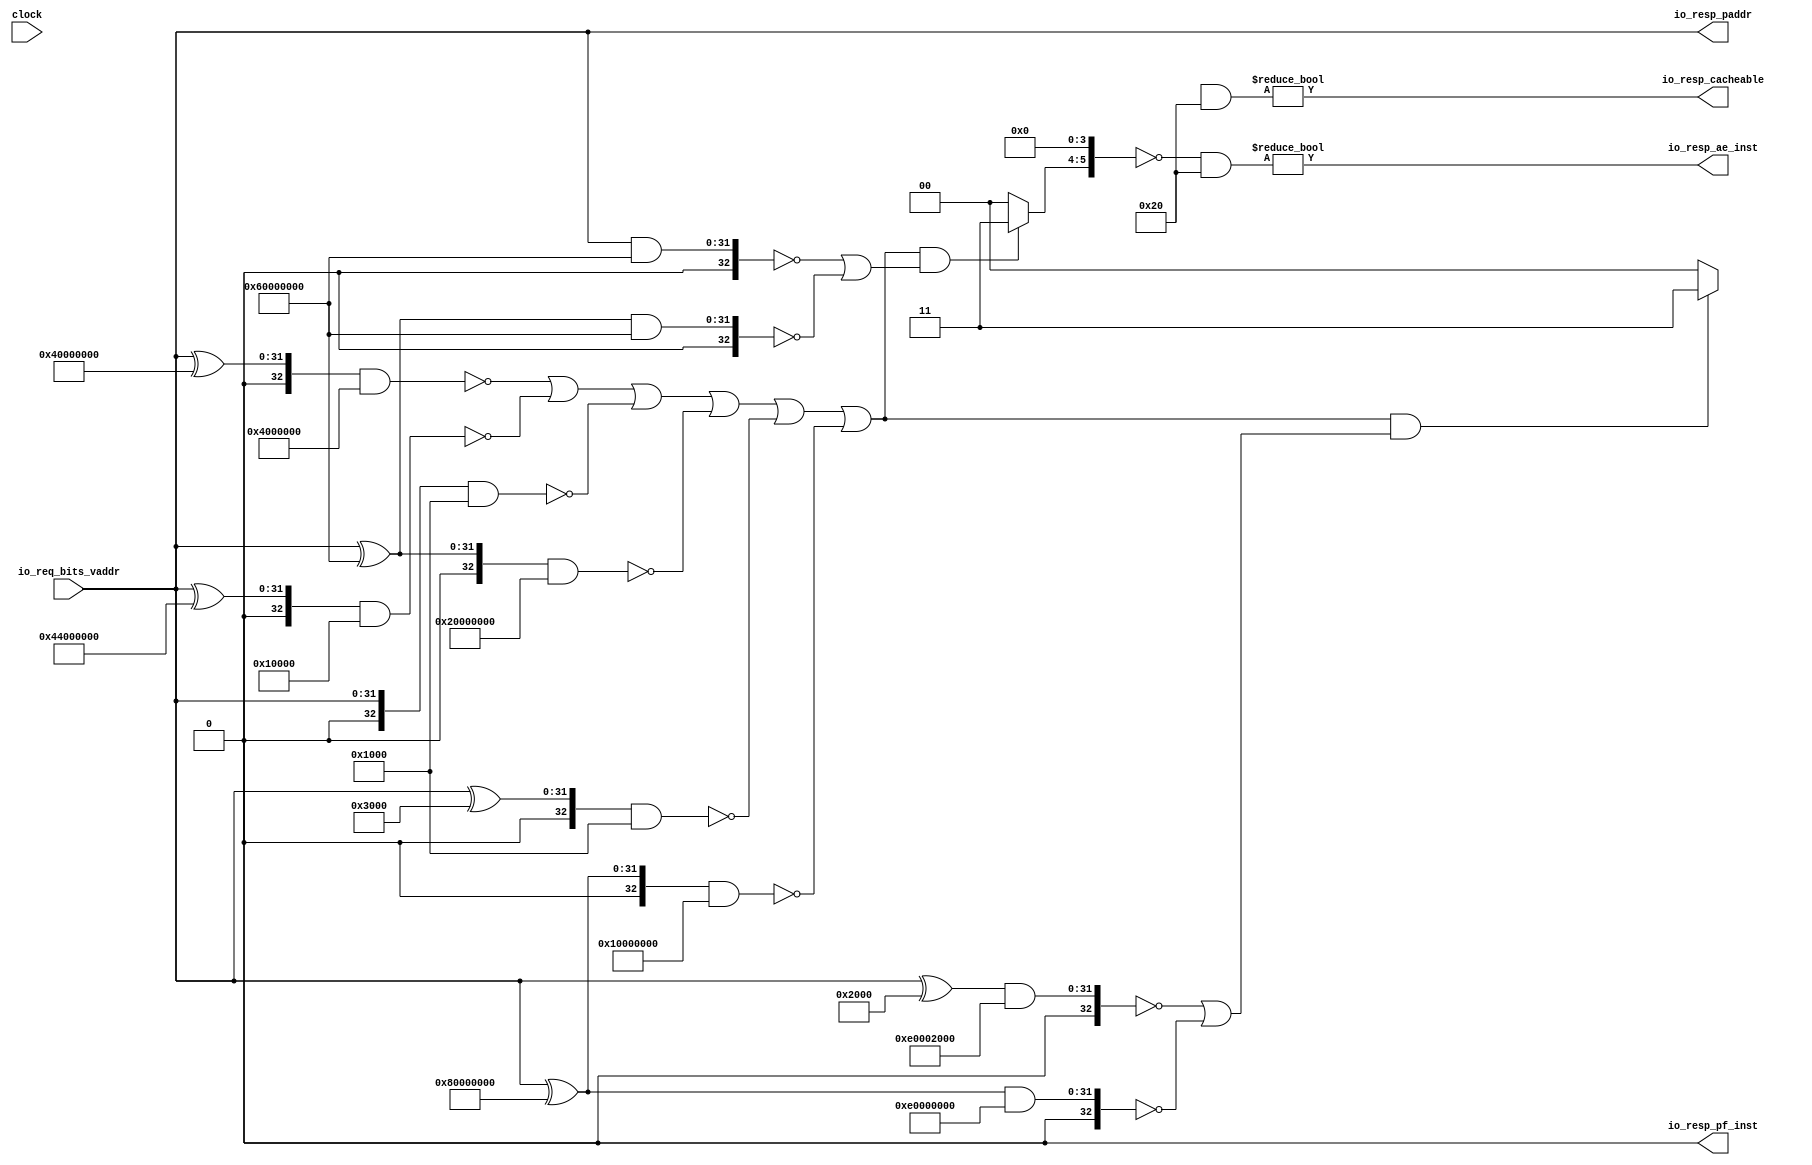
// Copyright (c) 2017, Microsemi Corporation
// All rights reserved.
//
// Redistribution and use in source and binary forms, with or without
// modification, are permitted provided that the following conditions are met:
//     * Redistributions of source code must retain the above copyright
//       notice, this list of conditions and the following disclaimer.
//     * Redistributions in binary form must reproduce the above copyright
//       notice, this list of conditions and the following disclaimer in the
//       documentation and/or other materials provided with the distribution.
//     * Neither the name of the <organization> nor the
//       names of its contributors may be used to endorse or promote products
//       derived from this software without specific prior written permission.
//
// THIS SOFTWARE IS PROVIDED BY THE COPYRIGHT HOLDERS AND CONTRIBUTORS "AS IS" AND
// ANY EXPRESS OR IMPLIED WARRANTIES, INCLUDING, BUT NOT LIMITED TO, THE IMPLIED
// WARRANTIES OF MERCHANTABILITY AND FITNESS FOR A PARTICULAR PURPOSE ARE
// DISCLAIMED. IN NO EVENT SHALL MICROSEMI CORPORATIONM BE LIABLE FOR ANY
// DIRECT, INDIRECT, INCIDENTAL, SPECIAL, EXEMPLARY, OR CONSEQUENTIAL DAMAGES
// (INCLUDING, BUT NOT LIMITED TO, PROCUREMENT OF SUBSTITUTE GOODS OR SERVICES;
// LOSS OF USE, DATA, OR PROFITS; OR BUSINESS INTERRUPTION) HOWEVER CAUSED AND
// ON ANY THEORY OF LIABILITY, WHETHER IN CONTRACT, STRICT LIABILITY, OR TORT
// (INCLUDING NEGLIGENCE OR OTHERWISE) ARISING IN ANY WAY OUT OF THE USE OF THIS
// SOFTWARE, EVEN IF ADVISED OF THE POSSIBILITY OF SUCH DAMAGE.
//
// APACHE LICENSE
// Copyright (c) 2017, Microsemi Corporation 
//
// Licensed under the Apache License, Version 2.0 (the "License");
// you may not use this file except in compliance with the License.
// You may obtain a copy of the License at
//
//    http://www.apache.org/licenses/LICENSE-2.0
//
// Unless required by applicable law or agreed to in writing, software
// distributed under the License is distributed on an "AS IS" BASIS,
// WITHOUT WARRANTIES OR CONDITIONS OF ANY KIND, either express or implied.
// See the License for the specific language governing permissions and
// limitations under the License.
//
// Description:
//
// SVN Revision Information:
// SVN $Revision: $
// SVN $Date: $
//
// Resolved SARs
// SAR      Date     Who   Description
//
// Notes:
//
// ****************************************************************************/
`ifndef RANDOMIZE_REG_INIT 
	 `define RANDOMIZE_REG_INIT 
 `endif
`ifndef RANDOMIZE_MEM_INIT 
	 `define RANDOMIZE_MEM_INIT 
 `endif
`ifndef RANDOMIZE 
	 `define RANDOMIZE 
`endif

`timescale 1ns/10ps
module MIV_RV32IMA_L1_AHB_C1_MIV_RV32IMA_L1_AHB_C1_0_MIV_RV32IMA_L1_AHB_TLB_1( // @[:freechips.rocketchip.system.MivRV32ImaL1AhbConfig.fir@104827.2]
  input         clock, // @[:freechips.rocketchip.system.MivRV32ImaL1AhbConfig.fir@104828.4]
  input  [31:0] io_req_bits_vaddr, // @[:freechips.rocketchip.system.MivRV32ImaL1AhbConfig.fir@104830.4]
  output [31:0] io_resp_paddr, // @[:freechips.rocketchip.system.MivRV32ImaL1AhbConfig.fir@104830.4]
  output        io_resp_pf_inst, // @[:freechips.rocketchip.system.MivRV32ImaL1AhbConfig.fir@104830.4]
  output        io_resp_ae_inst, // @[:freechips.rocketchip.system.MivRV32ImaL1AhbConfig.fir@104830.4]
  output        io_resp_cacheable // @[:freechips.rocketchip.system.MivRV32ImaL1AhbConfig.fir@104830.4]
);
  reg [53:0] reg_entries_0; // @[TLB.scala 86:24:freechips.rocketchip.system.MivRV32ImaL1AhbConfig.fir@104836.4]
  reg [63:0] _RAND_0;
  reg [53:0] reg_entries_1; // @[TLB.scala 86:24:freechips.rocketchip.system.MivRV32ImaL1AhbConfig.fir@104836.4]
  reg [63:0] _RAND_1;
  reg [53:0] reg_entries_2; // @[TLB.scala 86:24:freechips.rocketchip.system.MivRV32ImaL1AhbConfig.fir@104836.4]
  reg [63:0] _RAND_2;
  reg [53:0] reg_entries_3; // @[TLB.scala 86:24:freechips.rocketchip.system.MivRV32ImaL1AhbConfig.fir@104836.4]
  reg [63:0] _RAND_3;
  reg [53:0] reg_entries_4; // @[TLB.scala 86:24:freechips.rocketchip.system.MivRV32ImaL1AhbConfig.fir@104836.4]
  reg [63:0] _RAND_4;
  wire  entries_0_c; // @[TLB.scala 87:43:freechips.rocketchip.system.MivRV32ImaL1AhbConfig.fir@104842.4]
  wire  entries_0_px; // @[TLB.scala 87:43:freechips.rocketchip.system.MivRV32ImaL1AhbConfig.fir@104852.4]
  wire  entries_0_sx; // @[TLB.scala 87:43:freechips.rocketchip.system.MivRV32ImaL1AhbConfig.fir@104858.4]
  wire  entries_0_ae; // @[TLB.scala 87:43:freechips.rocketchip.system.MivRV32ImaL1AhbConfig.fir@104862.4]
  wire  entries_0_u; // @[TLB.scala 87:43:freechips.rocketchip.system.MivRV32ImaL1AhbConfig.fir@104866.4]
  wire  entries_1_c; // @[TLB.scala 87:43:freechips.rocketchip.system.MivRV32ImaL1AhbConfig.fir@104879.4]
  wire  entries_1_px; // @[TLB.scala 87:43:freechips.rocketchip.system.MivRV32ImaL1AhbConfig.fir@104889.4]
  wire  entries_1_sx; // @[TLB.scala 87:43:freechips.rocketchip.system.MivRV32ImaL1AhbConfig.fir@104895.4]
  wire  entries_1_u; // @[TLB.scala 87:43:freechips.rocketchip.system.MivRV32ImaL1AhbConfig.fir@104903.4]
  wire  entries_2_c; // @[TLB.scala 87:43:freechips.rocketchip.system.MivRV32ImaL1AhbConfig.fir@104916.4]
  wire  entries_2_px; // @[TLB.scala 87:43:freechips.rocketchip.system.MivRV32ImaL1AhbConfig.fir@104926.4]
  wire  entries_2_sx; // @[TLB.scala 87:43:freechips.rocketchip.system.MivRV32ImaL1AhbConfig.fir@104932.4]
  wire  entries_2_u; // @[TLB.scala 87:43:freechips.rocketchip.system.MivRV32ImaL1AhbConfig.fir@104940.4]
  wire  entries_3_c; // @[TLB.scala 87:43:freechips.rocketchip.system.MivRV32ImaL1AhbConfig.fir@104953.4]
  wire  entries_3_px; // @[TLB.scala 87:43:freechips.rocketchip.system.MivRV32ImaL1AhbConfig.fir@104963.4]
  wire  entries_3_sx; // @[TLB.scala 87:43:freechips.rocketchip.system.MivRV32ImaL1AhbConfig.fir@104969.4]
  wire  entries_3_u; // @[TLB.scala 87:43:freechips.rocketchip.system.MivRV32ImaL1AhbConfig.fir@104977.4]
  wire  entries_4_sx; // @[TLB.scala 87:43:freechips.rocketchip.system.MivRV32ImaL1AhbConfig.fir@105006.4]
  wire  entries_4_u; // @[TLB.scala 87:43:freechips.rocketchip.system.MivRV32ImaL1AhbConfig.fir@105014.4]
  wire [19:0] mpu_ppn; // @[TLB.scala 105:69:freechips.rocketchip.system.MivRV32ImaL1AhbConfig.fir@105038.4]
  wire [11:0] _T_179; // @[TLB.scala 106:52:freechips.rocketchip.system.MivRV32ImaL1AhbConfig.fir@105041.4]
  wire [31:0] mpu_physaddr; // @[Cat.scala 30:58:freechips.rocketchip.system.MivRV32ImaL1AhbConfig.fir@105042.4]
  wire [31:0] _T_186; // @[Parameters.scala 153:31:freechips.rocketchip.system.MivRV32ImaL1AhbConfig.fir@105053.4]
  wire [32:0] _T_187; // @[Parameters.scala 153:49:freechips.rocketchip.system.MivRV32ImaL1AhbConfig.fir@105054.4]
  wire [32:0] _T_189; // @[Parameters.scala 153:52:freechips.rocketchip.system.MivRV32ImaL1AhbConfig.fir@105055.4]
  wire [32:0] _T_190; // @[Parameters.scala 153:52:freechips.rocketchip.system.MivRV32ImaL1AhbConfig.fir@105056.4]
  wire  _T_192; // @[Parameters.scala 153:67:freechips.rocketchip.system.MivRV32ImaL1AhbConfig.fir@105057.4]
  wire [31:0] _T_194; // @[Parameters.scala 153:31:freechips.rocketchip.system.MivRV32ImaL1AhbConfig.fir@105058.4]
  wire [32:0] _T_195; // @[Parameters.scala 153:49:freechips.rocketchip.system.MivRV32ImaL1AhbConfig.fir@105059.4]
  wire [32:0] _T_197; // @[Parameters.scala 153:52:freechips.rocketchip.system.MivRV32ImaL1AhbConfig.fir@105060.4]
  wire [32:0] _T_198; // @[Parameters.scala 153:52:freechips.rocketchip.system.MivRV32ImaL1AhbConfig.fir@105061.4]
  wire  _T_200; // @[Parameters.scala 153:67:freechips.rocketchip.system.MivRV32ImaL1AhbConfig.fir@105062.4]
  wire [32:0] _T_203; // @[Parameters.scala 153:49:freechips.rocketchip.system.MivRV32ImaL1AhbConfig.fir@105064.4]
  wire [32:0] _T_205; // @[Parameters.scala 153:52:freechips.rocketchip.system.MivRV32ImaL1AhbConfig.fir@105065.4]
  wire [32:0] _T_206; // @[Parameters.scala 153:52:freechips.rocketchip.system.MivRV32ImaL1AhbConfig.fir@105066.4]
  wire  _T_208; // @[Parameters.scala 153:67:freechips.rocketchip.system.MivRV32ImaL1AhbConfig.fir@105067.4]
  wire [31:0] _T_210; // @[Parameters.scala 153:31:freechips.rocketchip.system.MivRV32ImaL1AhbConfig.fir@105068.4]
  wire [32:0] _T_211; // @[Parameters.scala 153:49:freechips.rocketchip.system.MivRV32ImaL1AhbConfig.fir@105069.4]
  wire [32:0] _T_213; // @[Parameters.scala 153:52:freechips.rocketchip.system.MivRV32ImaL1AhbConfig.fir@105070.4]
  wire [32:0] _T_214; // @[Parameters.scala 153:52:freechips.rocketchip.system.MivRV32ImaL1AhbConfig.fir@105071.4]
  wire  _T_216; // @[Parameters.scala 153:67:freechips.rocketchip.system.MivRV32ImaL1AhbConfig.fir@105072.4]
  wire [31:0] _T_218; // @[Parameters.scala 153:31:freechips.rocketchip.system.MivRV32ImaL1AhbConfig.fir@105073.4]
  wire [32:0] _T_219; // @[Parameters.scala 153:49:freechips.rocketchip.system.MivRV32ImaL1AhbConfig.fir@105074.4]
  wire [32:0] _T_221; // @[Parameters.scala 153:52:freechips.rocketchip.system.MivRV32ImaL1AhbConfig.fir@105075.4]
  wire [32:0] _T_222; // @[Parameters.scala 153:52:freechips.rocketchip.system.MivRV32ImaL1AhbConfig.fir@105076.4]
  wire  _T_224; // @[Parameters.scala 153:67:freechips.rocketchip.system.MivRV32ImaL1AhbConfig.fir@105077.4]
  wire [31:0] _T_226; // @[Parameters.scala 153:31:freechips.rocketchip.system.MivRV32ImaL1AhbConfig.fir@105078.4]
  wire [32:0] _T_227; // @[Parameters.scala 153:49:freechips.rocketchip.system.MivRV32ImaL1AhbConfig.fir@105079.4]
  wire [32:0] _T_229; // @[Parameters.scala 153:52:freechips.rocketchip.system.MivRV32ImaL1AhbConfig.fir@105080.4]
  wire [32:0] _T_230; // @[Parameters.scala 153:52:freechips.rocketchip.system.MivRV32ImaL1AhbConfig.fir@105081.4]
  wire  _T_232; // @[Parameters.scala 153:67:freechips.rocketchip.system.MivRV32ImaL1AhbConfig.fir@105082.4]
  wire  _T_244; // @[TLB.scala 112:67:freechips.rocketchip.system.MivRV32ImaL1AhbConfig.fir@105091.4]
  wire  _T_245; // @[TLB.scala 112:67:freechips.rocketchip.system.MivRV32ImaL1AhbConfig.fir@105092.4]
  wire  _T_246; // @[TLB.scala 112:67:freechips.rocketchip.system.MivRV32ImaL1AhbConfig.fir@105093.4]
  wire  _T_247; // @[TLB.scala 112:67:freechips.rocketchip.system.MivRV32ImaL1AhbConfig.fir@105094.4]
  wire  legal_address; // @[TLB.scala 112:67:freechips.rocketchip.system.MivRV32ImaL1AhbConfig.fir@105095.4]
  wire [31:0] _T_267; // @[Parameters.scala 153:31:freechips.rocketchip.system.MivRV32ImaL1AhbConfig.fir@105107.4]
  wire [32:0] _T_268; // @[Parameters.scala 153:49:freechips.rocketchip.system.MivRV32ImaL1AhbConfig.fir@105108.4]
  wire [32:0] _T_270; // @[Parameters.scala 153:52:freechips.rocketchip.system.MivRV32ImaL1AhbConfig.fir@105109.4]
  wire [32:0] _T_271; // @[Parameters.scala 153:52:freechips.rocketchip.system.MivRV32ImaL1AhbConfig.fir@105110.4]
  wire  _T_273; // @[Parameters.scala 153:67:freechips.rocketchip.system.MivRV32ImaL1AhbConfig.fir@105111.4]
  wire [32:0] _T_278; // @[Parameters.scala 153:52:freechips.rocketchip.system.MivRV32ImaL1AhbConfig.fir@105114.4]
  wire [32:0] _T_279; // @[Parameters.scala 153:52:freechips.rocketchip.system.MivRV32ImaL1AhbConfig.fir@105115.4]
  wire  _T_281; // @[Parameters.scala 153:67:freechips.rocketchip.system.MivRV32ImaL1AhbConfig.fir@105116.4]
  wire  _T_282; // @[Parameters.scala 137:89:freechips.rocketchip.system.MivRV32ImaL1AhbConfig.fir@105117.4]
  wire  cacheable; // @[TLB.scala 114:19:freechips.rocketchip.system.MivRV32ImaL1AhbConfig.fir@105123.4]
  wire [32:0] _T_514; // @[Parameters.scala 153:52:freechips.rocketchip.system.MivRV32ImaL1AhbConfig.fir@105263.4]
  wire [32:0] _T_515; // @[Parameters.scala 153:52:freechips.rocketchip.system.MivRV32ImaL1AhbConfig.fir@105264.4]
  wire  _T_517; // @[Parameters.scala 153:67:freechips.rocketchip.system.MivRV32ImaL1AhbConfig.fir@105265.4]
  wire [32:0] _T_522; // @[Parameters.scala 153:52:freechips.rocketchip.system.MivRV32ImaL1AhbConfig.fir@105268.4]
  wire [32:0] _T_523; // @[Parameters.scala 153:52:freechips.rocketchip.system.MivRV32ImaL1AhbConfig.fir@105269.4]
  wire  _T_525; // @[Parameters.scala 153:67:freechips.rocketchip.system.MivRV32ImaL1AhbConfig.fir@105270.4]
  wire  _T_526; // @[Parameters.scala 137:89:freechips.rocketchip.system.MivRV32ImaL1AhbConfig.fir@105271.4]
  wire  prot_x; // @[TLB.scala 114:19:freechips.rocketchip.system.MivRV32ImaL1AhbConfig.fir@105277.4]
  wire [19:0] ppn; // @[TLB.scala 124:30:freechips.rocketchip.system.MivRV32ImaL1AhbConfig.fir@105307.4]
  wire [1:0] _T_724; // @[Cat.scala 30:58:freechips.rocketchip.system.MivRV32ImaL1AhbConfig.fir@105440.4]
  wire [1:0] _T_725; // @[Cat.scala 30:58:freechips.rocketchip.system.MivRV32ImaL1AhbConfig.fir@105441.4]
  wire [2:0] _T_726; // @[Cat.scala 30:58:freechips.rocketchip.system.MivRV32ImaL1AhbConfig.fir@105442.4]
  wire [4:0] _T_727; // @[Cat.scala 30:58:freechips.rocketchip.system.MivRV32ImaL1AhbConfig.fir@105443.4]
  wire [4:0] priv_rw_ok; // @[TLB.scala 174:98:freechips.rocketchip.system.MivRV32ImaL1AhbConfig.fir@105449.4]
  wire [1:0] _T_751; // @[Cat.scala 30:58:freechips.rocketchip.system.MivRV32ImaL1AhbConfig.fir@105466.4]
  wire [1:0] _T_752; // @[Cat.scala 30:58:freechips.rocketchip.system.MivRV32ImaL1AhbConfig.fir@105467.4]
  wire [2:0] _T_753; // @[Cat.scala 30:58:freechips.rocketchip.system.MivRV32ImaL1AhbConfig.fir@105468.4]
  wire [4:0] _T_754; // @[Cat.scala 30:58:freechips.rocketchip.system.MivRV32ImaL1AhbConfig.fir@105469.4]
  wire [4:0] _T_770; // @[TLB.scala 178:39:freechips.rocketchip.system.MivRV32ImaL1AhbConfig.fir@105484.4]
  wire [5:0] x_array; // @[Cat.scala 30:58:freechips.rocketchip.system.MivRV32ImaL1AhbConfig.fir@105485.4]
  wire [1:0] _T_788; // @[Bitwise.scala 72:12:freechips.rocketchip.system.MivRV32ImaL1AhbConfig.fir@105499.4]
  wire [1:0] _T_789; // @[Cat.scala 30:58:freechips.rocketchip.system.MivRV32ImaL1AhbConfig.fir@105500.4]
  wire [1:0] _T_790; // @[Cat.scala 30:58:freechips.rocketchip.system.MivRV32ImaL1AhbConfig.fir@105501.4]
  wire [3:0] _T_791; // @[Cat.scala 30:58:freechips.rocketchip.system.MivRV32ImaL1AhbConfig.fir@105502.4]
  wire [5:0] px_array; // @[Cat.scala 30:58:freechips.rocketchip.system.MivRV32ImaL1AhbConfig.fir@105503.4]
  wire [1:0] _T_816; // @[Bitwise.scala 72:12:freechips.rocketchip.system.MivRV32ImaL1AhbConfig.fir@105523.4]
  wire [1:0] _T_817; // @[Cat.scala 30:58:freechips.rocketchip.system.MivRV32ImaL1AhbConfig.fir@105524.4]
  wire [1:0] _T_818; // @[Cat.scala 30:58:freechips.rocketchip.system.MivRV32ImaL1AhbConfig.fir@105525.4]
  wire [3:0] _T_819; // @[Cat.scala 30:58:freechips.rocketchip.system.MivRV32ImaL1AhbConfig.fir@105526.4]
  wire [5:0] c_array; // @[Cat.scala 30:58:freechips.rocketchip.system.MivRV32ImaL1AhbConfig.fir@105527.4]
  wire [5:0] _GEN_16; // @[TLB.scala 204:60:freechips.rocketchip.system.MivRV32ImaL1AhbConfig.fir@105701.4]
  wire [5:0] _T_1114; // @[TLB.scala 206:33:freechips.rocketchip.system.MivRV32ImaL1AhbConfig.fir@105730.4]
  wire [5:0] pf_inst_array; // @[TLB.scala 206:23:freechips.rocketchip.system.MivRV32ImaL1AhbConfig.fir@105731.4]
  wire [5:0] _T_1280; // @[TLB.scala 224:47:freechips.rocketchip.system.MivRV32ImaL1AhbConfig.fir@105863.4]
  wire  _T_1282; // @[TLB.scala 224:55:freechips.rocketchip.system.MivRV32ImaL1AhbConfig.fir@105864.4]
  wire [5:0] _T_1290; // @[TLB.scala 227:23:freechips.rocketchip.system.MivRV32ImaL1AhbConfig.fir@105873.4]
  wire [5:0] _T_1291; // @[TLB.scala 227:33:freechips.rocketchip.system.MivRV32ImaL1AhbConfig.fir@105874.4]
  wire  _T_1293; // @[TLB.scala 227:41:freechips.rocketchip.system.MivRV32ImaL1AhbConfig.fir@105875.4]
  wire [5:0] _T_1301; // @[TLB.scala 231:33:freechips.rocketchip.system.MivRV32ImaL1AhbConfig.fir@105884.4]
  wire  _T_1303; // @[TLB.scala 231:41:freechips.rocketchip.system.MivRV32ImaL1AhbConfig.fir@105885.4]
  wire [31:0] _T_1312; // @[Cat.scala 30:58:freechips.rocketchip.system.MivRV32ImaL1AhbConfig.fir@105895.4]
  assign entries_0_c = reg_entries_0[0]; // @[TLB.scala 87:43:freechips.rocketchip.system.MivRV32ImaL1AhbConfig.fir@104842.4]
  assign entries_0_px = reg_entries_0[5]; // @[TLB.scala 87:43:freechips.rocketchip.system.MivRV32ImaL1AhbConfig.fir@104852.4]
  assign entries_0_sx = reg_entries_0[8]; // @[TLB.scala 87:43:freechips.rocketchip.system.MivRV32ImaL1AhbConfig.fir@104858.4]
  assign entries_0_ae = reg_entries_0[10]; // @[TLB.scala 87:43:freechips.rocketchip.system.MivRV32ImaL1AhbConfig.fir@104862.4]
  assign entries_0_u = reg_entries_0[12]; // @[TLB.scala 87:43:freechips.rocketchip.system.MivRV32ImaL1AhbConfig.fir@104866.4]
  assign entries_1_c = reg_entries_1[0]; // @[TLB.scala 87:43:freechips.rocketchip.system.MivRV32ImaL1AhbConfig.fir@104879.4]
  assign entries_1_px = reg_entries_1[5]; // @[TLB.scala 87:43:freechips.rocketchip.system.MivRV32ImaL1AhbConfig.fir@104889.4]
  assign entries_1_sx = reg_entries_1[8]; // @[TLB.scala 87:43:freechips.rocketchip.system.MivRV32ImaL1AhbConfig.fir@104895.4]
  assign entries_1_u = reg_entries_1[12]; // @[TLB.scala 87:43:freechips.rocketchip.system.MivRV32ImaL1AhbConfig.fir@104903.4]
  assign entries_2_c = reg_entries_2[0]; // @[TLB.scala 87:43:freechips.rocketchip.system.MivRV32ImaL1AhbConfig.fir@104916.4]
  assign entries_2_px = reg_entries_2[5]; // @[TLB.scala 87:43:freechips.rocketchip.system.MivRV32ImaL1AhbConfig.fir@104926.4]
  assign entries_2_sx = reg_entries_2[8]; // @[TLB.scala 87:43:freechips.rocketchip.system.MivRV32ImaL1AhbConfig.fir@104932.4]
  assign entries_2_u = reg_entries_2[12]; // @[TLB.scala 87:43:freechips.rocketchip.system.MivRV32ImaL1AhbConfig.fir@104940.4]
  assign entries_3_c = reg_entries_3[0]; // @[TLB.scala 87:43:freechips.rocketchip.system.MivRV32ImaL1AhbConfig.fir@104953.4]
  assign entries_3_px = reg_entries_3[5]; // @[TLB.scala 87:43:freechips.rocketchip.system.MivRV32ImaL1AhbConfig.fir@104963.4]
  assign entries_3_sx = reg_entries_3[8]; // @[TLB.scala 87:43:freechips.rocketchip.system.MivRV32ImaL1AhbConfig.fir@104969.4]
  assign entries_3_u = reg_entries_3[12]; // @[TLB.scala 87:43:freechips.rocketchip.system.MivRV32ImaL1AhbConfig.fir@104977.4]
  assign entries_4_sx = reg_entries_4[8]; // @[TLB.scala 87:43:freechips.rocketchip.system.MivRV32ImaL1AhbConfig.fir@105006.4]
  assign entries_4_u = reg_entries_4[12]; // @[TLB.scala 87:43:freechips.rocketchip.system.MivRV32ImaL1AhbConfig.fir@105014.4]
  assign mpu_ppn = io_req_bits_vaddr[31:12]; // @[TLB.scala 105:69:freechips.rocketchip.system.MivRV32ImaL1AhbConfig.fir@105038.4]
  assign _T_179 = io_req_bits_vaddr[11:0]; // @[TLB.scala 106:52:freechips.rocketchip.system.MivRV32ImaL1AhbConfig.fir@105041.4]
  assign mpu_physaddr = {mpu_ppn,_T_179}; // @[Cat.scala 30:58:freechips.rocketchip.system.MivRV32ImaL1AhbConfig.fir@105042.4]
  assign _T_186 = mpu_physaddr ^ 32'h40000000; // @[Parameters.scala 153:31:freechips.rocketchip.system.MivRV32ImaL1AhbConfig.fir@105053.4]
  assign _T_187 = {1'b0,$signed(_T_186)}; // @[Parameters.scala 153:49:freechips.rocketchip.system.MivRV32ImaL1AhbConfig.fir@105054.4]
  assign _T_189 = $signed(_T_187) & $signed(-33'sh4000000); // @[Parameters.scala 153:52:freechips.rocketchip.system.MivRV32ImaL1AhbConfig.fir@105055.4]
  assign _T_190 = $signed(_T_189); // @[Parameters.scala 153:52:freechips.rocketchip.system.MivRV32ImaL1AhbConfig.fir@105056.4]
  assign _T_192 = $signed(_T_190) == $signed(33'sh0); // @[Parameters.scala 153:67:freechips.rocketchip.system.MivRV32ImaL1AhbConfig.fir@105057.4]
  assign _T_194 = mpu_physaddr ^ 32'h44000000; // @[Parameters.scala 153:31:freechips.rocketchip.system.MivRV32ImaL1AhbConfig.fir@105058.4]
  assign _T_195 = {1'b0,$signed(_T_194)}; // @[Parameters.scala 153:49:freechips.rocketchip.system.MivRV32ImaL1AhbConfig.fir@105059.4]
  assign _T_197 = $signed(_T_195) & $signed(-33'sh10000); // @[Parameters.scala 153:52:freechips.rocketchip.system.MivRV32ImaL1AhbConfig.fir@105060.4]
  assign _T_198 = $signed(_T_197); // @[Parameters.scala 153:52:freechips.rocketchip.system.MivRV32ImaL1AhbConfig.fir@105061.4]
  assign _T_200 = $signed(_T_198) == $signed(33'sh0); // @[Parameters.scala 153:67:freechips.rocketchip.system.MivRV32ImaL1AhbConfig.fir@105062.4]
  assign _T_203 = {1'b0,$signed(mpu_physaddr)}; // @[Parameters.scala 153:49:freechips.rocketchip.system.MivRV32ImaL1AhbConfig.fir@105064.4]
  assign _T_205 = $signed(_T_203) & $signed(-33'sh1000); // @[Parameters.scala 153:52:freechips.rocketchip.system.MivRV32ImaL1AhbConfig.fir@105065.4]
  assign _T_206 = $signed(_T_205); // @[Parameters.scala 153:52:freechips.rocketchip.system.MivRV32ImaL1AhbConfig.fir@105066.4]
  assign _T_208 = $signed(_T_206) == $signed(33'sh0); // @[Parameters.scala 153:67:freechips.rocketchip.system.MivRV32ImaL1AhbConfig.fir@105067.4]
  assign _T_210 = mpu_physaddr ^ 32'h60000000; // @[Parameters.scala 153:31:freechips.rocketchip.system.MivRV32ImaL1AhbConfig.fir@105068.4]
  assign _T_211 = {1'b0,$signed(_T_210)}; // @[Parameters.scala 153:49:freechips.rocketchip.system.MivRV32ImaL1AhbConfig.fir@105069.4]
  assign _T_213 = $signed(_T_211) & $signed(-33'sh20000000); // @[Parameters.scala 153:52:freechips.rocketchip.system.MivRV32ImaL1AhbConfig.fir@105070.4]
  assign _T_214 = $signed(_T_213); // @[Parameters.scala 153:52:freechips.rocketchip.system.MivRV32ImaL1AhbConfig.fir@105071.4]
  assign _T_216 = $signed(_T_214) == $signed(33'sh0); // @[Parameters.scala 153:67:freechips.rocketchip.system.MivRV32ImaL1AhbConfig.fir@105072.4]
  assign _T_218 = mpu_physaddr ^ 32'h3000; // @[Parameters.scala 153:31:freechips.rocketchip.system.MivRV32ImaL1AhbConfig.fir@105073.4]
  assign _T_219 = {1'b0,$signed(_T_218)}; // @[Parameters.scala 153:49:freechips.rocketchip.system.MivRV32ImaL1AhbConfig.fir@105074.4]
  assign _T_221 = $signed(_T_219) & $signed(-33'sh1000); // @[Parameters.scala 153:52:freechips.rocketchip.system.MivRV32ImaL1AhbConfig.fir@105075.4]
  assign _T_222 = $signed(_T_221); // @[Parameters.scala 153:52:freechips.rocketchip.system.MivRV32ImaL1AhbConfig.fir@105076.4]
  assign _T_224 = $signed(_T_222) == $signed(33'sh0); // @[Parameters.scala 153:67:freechips.rocketchip.system.MivRV32ImaL1AhbConfig.fir@105077.4]
  assign _T_226 = mpu_physaddr ^ 32'h80000000; // @[Parameters.scala 153:31:freechips.rocketchip.system.MivRV32ImaL1AhbConfig.fir@105078.4]
  assign _T_227 = {1'b0,$signed(_T_226)}; // @[Parameters.scala 153:49:freechips.rocketchip.system.MivRV32ImaL1AhbConfig.fir@105079.4]
  assign _T_229 = $signed(_T_227) & $signed(-33'sh10000000); // @[Parameters.scala 153:52:freechips.rocketchip.system.MivRV32ImaL1AhbConfig.fir@105080.4]
  assign _T_230 = $signed(_T_229); // @[Parameters.scala 153:52:freechips.rocketchip.system.MivRV32ImaL1AhbConfig.fir@105081.4]
  assign _T_232 = $signed(_T_230) == $signed(33'sh0); // @[Parameters.scala 153:67:freechips.rocketchip.system.MivRV32ImaL1AhbConfig.fir@105082.4]
  assign _T_244 = _T_192 | _T_200; // @[TLB.scala 112:67:freechips.rocketchip.system.MivRV32ImaL1AhbConfig.fir@105091.4]
  assign _T_245 = _T_244 | _T_208; // @[TLB.scala 112:67:freechips.rocketchip.system.MivRV32ImaL1AhbConfig.fir@105092.4]
  assign _T_246 = _T_245 | _T_216; // @[TLB.scala 112:67:freechips.rocketchip.system.MivRV32ImaL1AhbConfig.fir@105093.4]
  assign _T_247 = _T_246 | _T_224; // @[TLB.scala 112:67:freechips.rocketchip.system.MivRV32ImaL1AhbConfig.fir@105094.4]
  assign legal_address = _T_247 | _T_232; // @[TLB.scala 112:67:freechips.rocketchip.system.MivRV32ImaL1AhbConfig.fir@105095.4]
  assign _T_267 = mpu_physaddr ^ 32'h2000; // @[Parameters.scala 153:31:freechips.rocketchip.system.MivRV32ImaL1AhbConfig.fir@105107.4]
  assign _T_268 = {1'b0,$signed(_T_267)}; // @[Parameters.scala 153:49:freechips.rocketchip.system.MivRV32ImaL1AhbConfig.fir@105108.4]
  assign _T_270 = $signed(_T_268) & $signed(33'she0002000); // @[Parameters.scala 153:52:freechips.rocketchip.system.MivRV32ImaL1AhbConfig.fir@105109.4]
  assign _T_271 = $signed(_T_270); // @[Parameters.scala 153:52:freechips.rocketchip.system.MivRV32ImaL1AhbConfig.fir@105110.4]
  assign _T_273 = $signed(_T_271) == $signed(33'sh0); // @[Parameters.scala 153:67:freechips.rocketchip.system.MivRV32ImaL1AhbConfig.fir@105111.4]
  assign _T_278 = $signed(_T_227) & $signed(33'she0000000); // @[Parameters.scala 153:52:freechips.rocketchip.system.MivRV32ImaL1AhbConfig.fir@105114.4]
  assign _T_279 = $signed(_T_278); // @[Parameters.scala 153:52:freechips.rocketchip.system.MivRV32ImaL1AhbConfig.fir@105115.4]
  assign _T_281 = $signed(_T_279) == $signed(33'sh0); // @[Parameters.scala 153:67:freechips.rocketchip.system.MivRV32ImaL1AhbConfig.fir@105116.4]
  assign _T_282 = _T_273 | _T_281; // @[Parameters.scala 137:89:freechips.rocketchip.system.MivRV32ImaL1AhbConfig.fir@105117.4]
  assign cacheable = legal_address & _T_282; // @[TLB.scala 114:19:freechips.rocketchip.system.MivRV32ImaL1AhbConfig.fir@105123.4]
  assign _T_514 = $signed(_T_203) & $signed(33'sh60000000); // @[Parameters.scala 153:52:freechips.rocketchip.system.MivRV32ImaL1AhbConfig.fir@105263.4]
  assign _T_515 = $signed(_T_514); // @[Parameters.scala 153:52:freechips.rocketchip.system.MivRV32ImaL1AhbConfig.fir@105264.4]
  assign _T_517 = $signed(_T_515) == $signed(33'sh0); // @[Parameters.scala 153:67:freechips.rocketchip.system.MivRV32ImaL1AhbConfig.fir@105265.4]
  assign _T_522 = $signed(_T_211) & $signed(33'sh60000000); // @[Parameters.scala 153:52:freechips.rocketchip.system.MivRV32ImaL1AhbConfig.fir@105268.4]
  assign _T_523 = $signed(_T_522); // @[Parameters.scala 153:52:freechips.rocketchip.system.MivRV32ImaL1AhbConfig.fir@105269.4]
  assign _T_525 = $signed(_T_523) == $signed(33'sh0); // @[Parameters.scala 153:67:freechips.rocketchip.system.MivRV32ImaL1AhbConfig.fir@105270.4]
  assign _T_526 = _T_517 | _T_525; // @[Parameters.scala 137:89:freechips.rocketchip.system.MivRV32ImaL1AhbConfig.fir@105271.4]
  assign prot_x = legal_address & _T_526; // @[TLB.scala 114:19:freechips.rocketchip.system.MivRV32ImaL1AhbConfig.fir@105277.4]
  assign ppn = io_req_bits_vaddr[31:12]; // @[TLB.scala 124:30:freechips.rocketchip.system.MivRV32ImaL1AhbConfig.fir@105307.4]
  assign _T_724 = {entries_1_u,entries_0_u}; // @[Cat.scala 30:58:freechips.rocketchip.system.MivRV32ImaL1AhbConfig.fir@105440.4]
  assign _T_725 = {entries_4_u,entries_3_u}; // @[Cat.scala 30:58:freechips.rocketchip.system.MivRV32ImaL1AhbConfig.fir@105441.4]
  assign _T_726 = {_T_725,entries_2_u}; // @[Cat.scala 30:58:freechips.rocketchip.system.MivRV32ImaL1AhbConfig.fir@105442.4]
  assign _T_727 = {_T_726,_T_724}; // @[Cat.scala 30:58:freechips.rocketchip.system.MivRV32ImaL1AhbConfig.fir@105443.4]
  assign priv_rw_ok = ~ _T_727; // @[TLB.scala 174:98:freechips.rocketchip.system.MivRV32ImaL1AhbConfig.fir@105449.4]
  assign _T_751 = {entries_1_sx,entries_0_sx}; // @[Cat.scala 30:58:freechips.rocketchip.system.MivRV32ImaL1AhbConfig.fir@105466.4]
  assign _T_752 = {entries_4_sx,entries_3_sx}; // @[Cat.scala 30:58:freechips.rocketchip.system.MivRV32ImaL1AhbConfig.fir@105467.4]
  assign _T_753 = {_T_752,entries_2_sx}; // @[Cat.scala 30:58:freechips.rocketchip.system.MivRV32ImaL1AhbConfig.fir@105468.4]
  assign _T_754 = {_T_753,_T_751}; // @[Cat.scala 30:58:freechips.rocketchip.system.MivRV32ImaL1AhbConfig.fir@105469.4]
  assign _T_770 = priv_rw_ok & _T_754; // @[TLB.scala 178:39:freechips.rocketchip.system.MivRV32ImaL1AhbConfig.fir@105484.4]
  assign x_array = {1'h1,_T_770}; // @[Cat.scala 30:58:freechips.rocketchip.system.MivRV32ImaL1AhbConfig.fir@105485.4]
  assign _T_788 = prot_x ? 2'h3 : 2'h0; // @[Bitwise.scala 72:12:freechips.rocketchip.system.MivRV32ImaL1AhbConfig.fir@105499.4]
  assign _T_789 = {entries_1_px,entries_0_px}; // @[Cat.scala 30:58:freechips.rocketchip.system.MivRV32ImaL1AhbConfig.fir@105500.4]
  assign _T_790 = {entries_3_px,entries_2_px}; // @[Cat.scala 30:58:freechips.rocketchip.system.MivRV32ImaL1AhbConfig.fir@105501.4]
  assign _T_791 = {_T_790,_T_789}; // @[Cat.scala 30:58:freechips.rocketchip.system.MivRV32ImaL1AhbConfig.fir@105502.4]
  assign px_array = {_T_788,_T_791}; // @[Cat.scala 30:58:freechips.rocketchip.system.MivRV32ImaL1AhbConfig.fir@105503.4]
  assign _T_816 = cacheable ? 2'h3 : 2'h0; // @[Bitwise.scala 72:12:freechips.rocketchip.system.MivRV32ImaL1AhbConfig.fir@105523.4]
  assign _T_817 = {entries_1_c,entries_0_c}; // @[Cat.scala 30:58:freechips.rocketchip.system.MivRV32ImaL1AhbConfig.fir@105524.4]
  assign _T_818 = {entries_3_c,entries_2_c}; // @[Cat.scala 30:58:freechips.rocketchip.system.MivRV32ImaL1AhbConfig.fir@105525.4]
  assign _T_819 = {_T_818,_T_817}; // @[Cat.scala 30:58:freechips.rocketchip.system.MivRV32ImaL1AhbConfig.fir@105526.4]
  assign c_array = {_T_816,_T_819}; // @[Cat.scala 30:58:freechips.rocketchip.system.MivRV32ImaL1AhbConfig.fir@105527.4]
  assign _GEN_16 = {{5'd0}, entries_0_ae}; // @[TLB.scala 204:60:freechips.rocketchip.system.MivRV32ImaL1AhbConfig.fir@105701.4]
  assign _T_1114 = x_array | _GEN_16; // @[TLB.scala 206:33:freechips.rocketchip.system.MivRV32ImaL1AhbConfig.fir@105730.4]
  assign pf_inst_array = ~ _T_1114; // @[TLB.scala 206:23:freechips.rocketchip.system.MivRV32ImaL1AhbConfig.fir@105731.4]
  assign _T_1280 = pf_inst_array & 6'h20; // @[TLB.scala 224:47:freechips.rocketchip.system.MivRV32ImaL1AhbConfig.fir@105863.4]
  assign _T_1282 = _T_1280 != 6'h0; // @[TLB.scala 224:55:freechips.rocketchip.system.MivRV32ImaL1AhbConfig.fir@105864.4]
  assign _T_1290 = ~ px_array; // @[TLB.scala 227:23:freechips.rocketchip.system.MivRV32ImaL1AhbConfig.fir@105873.4]
  assign _T_1291 = _T_1290 & 6'h20; // @[TLB.scala 227:33:freechips.rocketchip.system.MivRV32ImaL1AhbConfig.fir@105874.4]
  assign _T_1293 = _T_1291 != 6'h0; // @[TLB.scala 227:41:freechips.rocketchip.system.MivRV32ImaL1AhbConfig.fir@105875.4]
  assign _T_1301 = c_array & 6'h20; // @[TLB.scala 231:33:freechips.rocketchip.system.MivRV32ImaL1AhbConfig.fir@105884.4]
  assign _T_1303 = _T_1301 != 6'h0; // @[TLB.scala 231:41:freechips.rocketchip.system.MivRV32ImaL1AhbConfig.fir@105885.4]
  assign _T_1312 = {ppn,_T_179}; // @[Cat.scala 30:58:freechips.rocketchip.system.MivRV32ImaL1AhbConfig.fir@105895.4]
  assign io_resp_paddr = _T_1312;
  assign io_resp_pf_inst = _T_1282;
  assign io_resp_ae_inst = _T_1293;
  assign io_resp_cacheable = _T_1303;
`ifdef RANDOMIZE
  integer initvar;
  initial begin
    `ifndef verilator
      #0.002 begin end
    `endif
  `ifdef RANDOMIZE_REG_INIT
  _RAND_0 = {2{$random}};
  reg_entries_0 = _RAND_0[53:0];
  `endif // RANDOMIZE_REG_INIT
  `ifdef RANDOMIZE_REG_INIT
  _RAND_1 = {2{$random}};
  reg_entries_1 = _RAND_1[53:0];
  `endif // RANDOMIZE_REG_INIT
  `ifdef RANDOMIZE_REG_INIT
  _RAND_2 = {2{$random}};
  reg_entries_2 = _RAND_2[53:0];
  `endif // RANDOMIZE_REG_INIT
  `ifdef RANDOMIZE_REG_INIT
  _RAND_3 = {2{$random}};
  reg_entries_3 = _RAND_3[53:0];
  `endif // RANDOMIZE_REG_INIT
  `ifdef RANDOMIZE_REG_INIT
  _RAND_4 = {2{$random}};
  reg_entries_4 = _RAND_4[53:0];
  `endif // RANDOMIZE_REG_INIT
  end
`endif // RANDOMIZE
endmodule